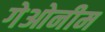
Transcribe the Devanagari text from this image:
गेओनीम